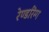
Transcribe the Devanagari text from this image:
रेण्डरिंग्ग